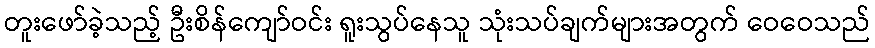
တူးဖော်ခဲ့သည့် ဦးစိန်ကျော်ဝင်း ရူးသွပ်နေသူ သုံးသပ်ချက်များအတွက် ဝေဝေသည်